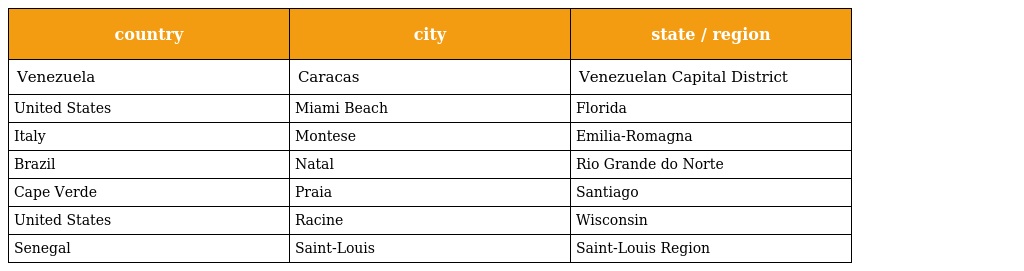
| country | city | state / region |
 | --- | --- | --- |
 | Venezuela | Caracas | Venezuelan Capital District |
 | United States | Miami Beach | Florida |
 | Italy | Montese | Emilia-Romagna |
 | Brazil | Natal | Rio Grande do Norte |
 | Cape Verde | Praia | Santiago |
 | United States | Racine | Wisconsin |
 | Senegal | Saint-Louis | Saint-Louis Region |